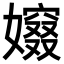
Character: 𡢷